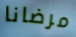
مرضانا